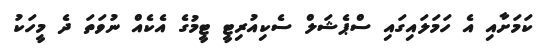
ކަމަށާއި އެ ހަމަލައިގައި ސްޕެޝަލް ސެކިއުރިޓީ ޓީމުގެ އެކެއް ނުވަތަ ދެ މީހަކު